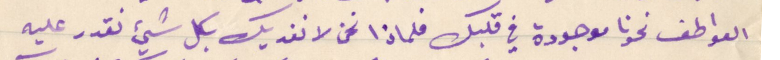
العواطف نحونا موجودة في قلبك فلماذا نحن لا نفديك بكل شيئ نقدر عليه